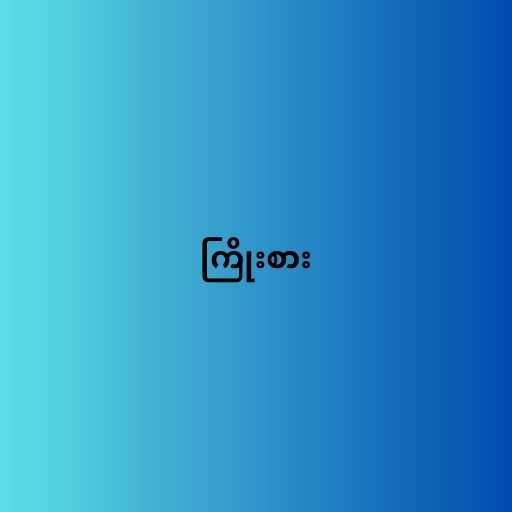
ကြိုးစား